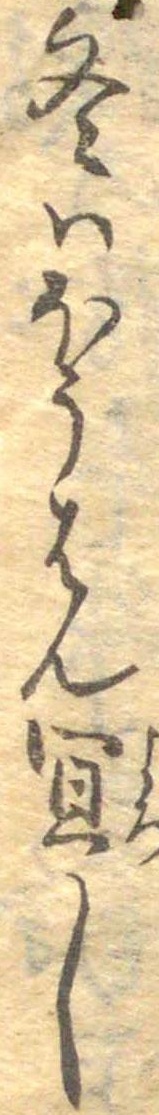
冬はほうはん宜し